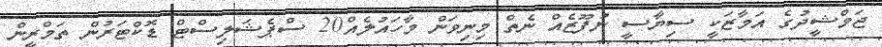
ޖަމްޝީދުގެ އަމާޒަކީ ސިޔާސީ ނުފޫޒެއް ނެތް މިނިވަން މާހައުލެއް20 ސްޕެޝަލިސްޓް ޑޮކްޓަރުން ތަމްްރީން